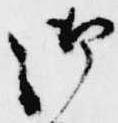
御